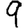
Digit: 9